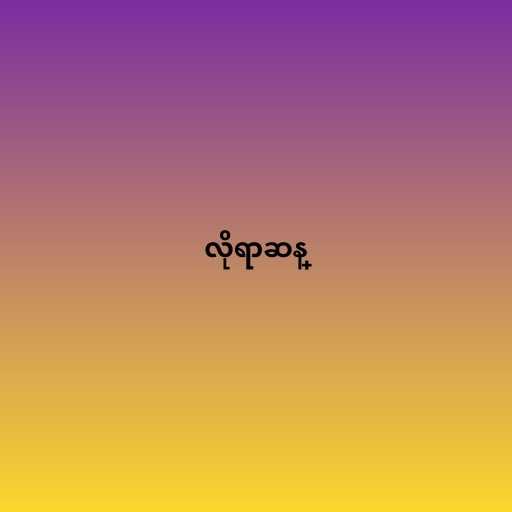
လိုရာဆန္